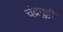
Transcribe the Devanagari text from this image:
चंद्रगुट्टी